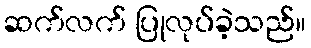
ဆက်လက် ပြုလုပ်ခဲ့သည်။